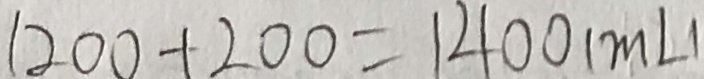
1 2 0 0 + 2 0 0 = 1 4 0 0 ( m L )